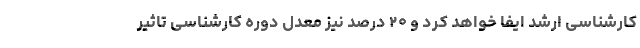
کارشناسی ارشد ایفا خواهد کرد و ۲۰ درصد نیز معدل دوره کارشناسی تاثیر